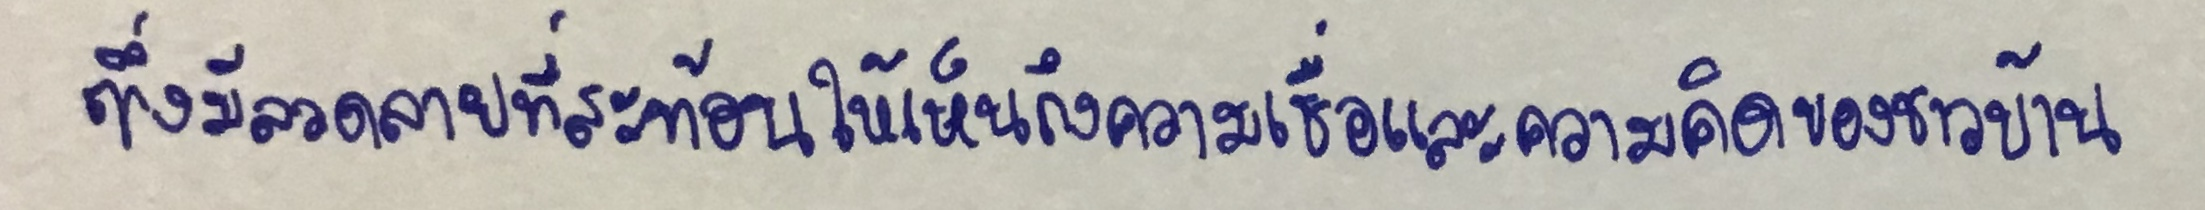
ซึ่งมีลวดลายที่สะท้อนให้เห็นถึงความเชื่อและความคิดของชาวบ้าน